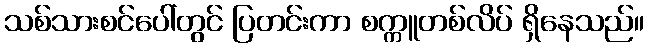
သစ်သားစင်ပေါ်တွင် ပြတင်းကာ စက္ကူတစ်လိပ် ရှိနေသည်။